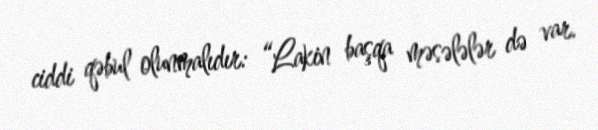
ciddi qəbul olunmalıdır: “Lakin başqa məsələlər də var.